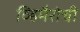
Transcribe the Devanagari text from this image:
व्हिमैरोची